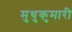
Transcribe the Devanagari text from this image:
मुथुकुमारी